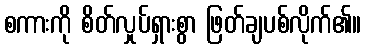
စကားကို စိတ်လှုပ်ရှားစွာ ဖြတ်ချပစ်လိုက်၏။